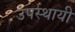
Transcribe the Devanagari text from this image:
उपस्‍थायी